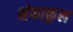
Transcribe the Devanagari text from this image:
शंकाकुल